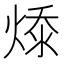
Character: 𭵔